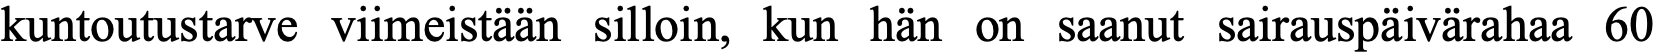
kuntoutustarve viimeistään silloin, kun hän on saanut sairauspäivärahaa 60